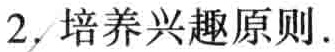
2. 培养兴趣原则.